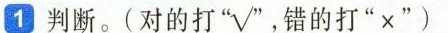
1判断。(对的打”√”，错的打”x”)